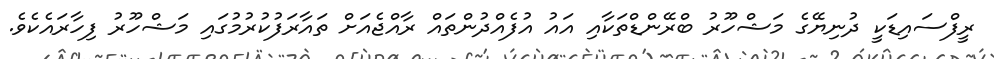
ރީފްސައިޑަކީ ދުނިޔޭގެ މަޝްހޫރު ބްރޭންޑްތަކާއި އައު އުފެއްދުންތައް ރާއްޖެއަށް ތައާރަފުކުރުމުގައި މަޝްހޫރު ފިހާރައެކެވެ.